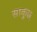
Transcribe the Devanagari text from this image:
साकुछ